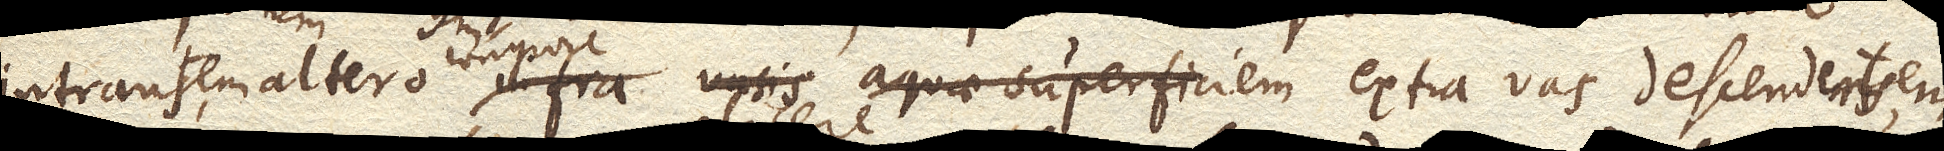
intrans, altero infra vasis aquae superficiem corpore extra vas descendens.